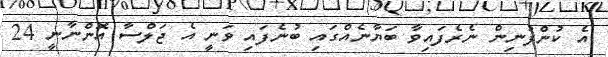
އެ ކުންފުނިން ނެރެފައިވާ ބަޔާނެއްގައި ބުނެފައި ވަނީ އެ ޖަލްސާ އޮންނާނީ 24